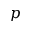
p